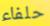
حلفاء